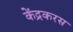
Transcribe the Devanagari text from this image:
केंद्रकरस